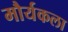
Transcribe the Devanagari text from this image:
मौर्यकला